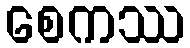
စေကဿ